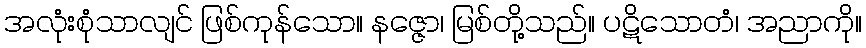
အလုံးစုံသာလျင် ဖြစ်ကုန်သော။ နဇ္ဇော၊ မြစ်တို့သည်။ ပဋိသောတံ၊ အညာကို။